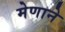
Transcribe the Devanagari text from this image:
मेणाने